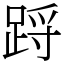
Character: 䟹